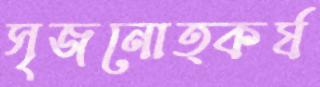
সৃজনোত্কর্ষ